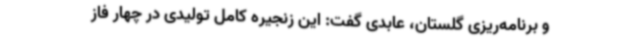
و برنامه‌ریزی گلستان، عابدی گفت: این زنجیره کامل تولیدی در چهار فاز